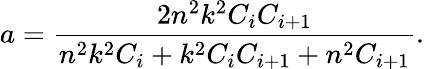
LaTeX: a=\frac{2n^{2}k^{2}C_{i}C_{i+1}}{n^{2}k^{2}C_{i}+k^{2}C_{i}C_{i+1}+n^{2}C_{i+1}}.